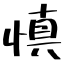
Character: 慎